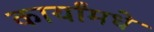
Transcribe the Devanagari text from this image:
कार्यांमधे